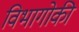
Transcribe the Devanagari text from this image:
विभागोकी